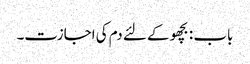
باب : بچھو کے لئے دم کی اجازت۔